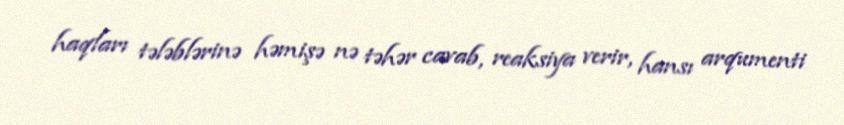
haqları tələblərinə həmişə nə təhər cavab, reaksiya verir, hansı arqumenti